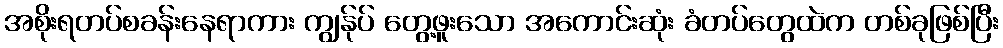
အစိုးရတပ်စခန်းနေရာကား ကျွန်ုပ် တွေ့ဖူးသော အကောင်းဆုံး ခံတပ်တွေထဲက တစ်ခုဖြစ်ပြီး